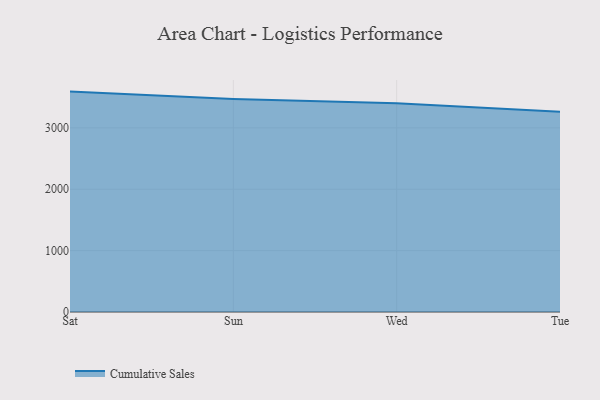
{"axis": {"x": "Day", "y": "Website Visitors"}, "legend": ["Cumulative Sales"], "data": [{"x": "Sat", "y": 3590.1, "type": "Cumulative Sales"}, {"x": "Sun", "y": 3469.6, "type": "Cumulative Sales"}, {"x": "Wed", "y": 3401.9, "type": "Cumulative Sales"}, {"x": "Tue", "y": 3263.0, "type": "Cumulative Sales"}]}